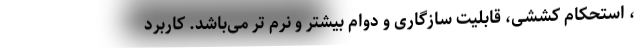
، استحکام کششی، قابلیت سازگاری و دوام بیشتر و نرم تر می‌باشد. کاربرد